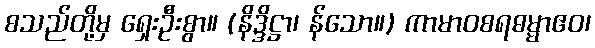
စသည်တို့မှ ရှေးဦးစွာ။ (နိဒ္ဒိဋ္ဌာ၊ န်သော။) ကာမာဝစရဓမ္မာဧဝ၊